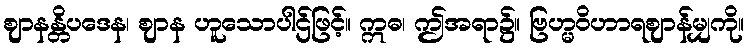
ဈာနန္တိပဒေန၊ ဈာန ဟူသောပါဌ်ဖြင့်။ ဣဓ၊ ဤအရာ၌။ ဗြဟ္မဝိဟာရဈာန်မျှကို။